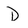
Character: D